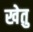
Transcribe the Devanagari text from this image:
खेतु